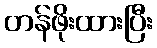
တန်ဖိုးထားပြီး